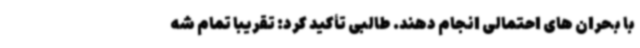
با بحران های احتمالی انجام دهند. طالبی تأکید کرد: تقریباً تمام شه